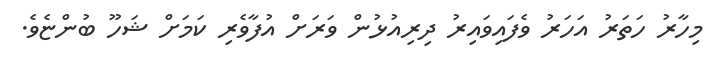
މިހާރު ހަތަރު އަހަރު ވެފައިވައިރު ދިރިއުޅުން ވަރަށް އުފާވެރި ކަމަށް ޝަހޫ ބުންޏެވެ.